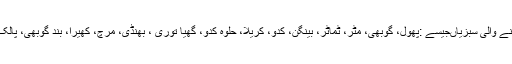
زمین سے باہر اگنے والی سبزیاںجیسے :پھول، گوبھی، مٹر، ٹماٹر، بینگن، کدو، کریلا، حلوہ کدو، گھیا توری ، بھنڈی، مرچ، کھیرا، بند گوبھی، پالک اور ساگ وغیرہ۔